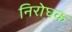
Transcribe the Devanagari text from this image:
निरोघक